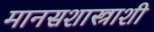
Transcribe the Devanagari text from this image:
मानसशास्त्राशी